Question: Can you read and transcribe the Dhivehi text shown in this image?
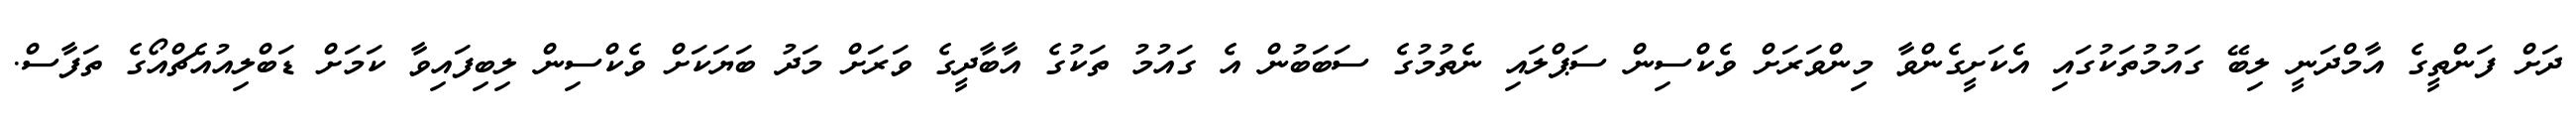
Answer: ދަށް ފަންތީގެ އާމްދަނީ ލިބޭ ގައުމުތަކުގައި އެކަށީގެންވާ މިންވަރަށް ވެކްސިން ސަޕްލައި ނެތުމުގެ ސަބަބުން އެ ގައުމު ތަކުގެ އާބާދީގެ ވަރަށް މަދު ބަޔަކަށް ވެކްސިން ލިބިފައިވާ ކަމަށް ޑަބްލިއުއެޗްއޯގެ ތަފާސް.